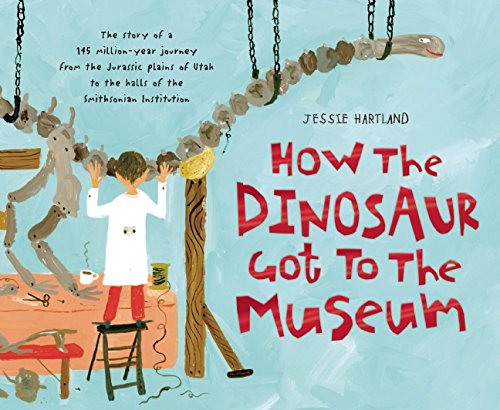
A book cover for How the Dinosaur Got to the Museum (How the . . . Got to the Museum); Children's Books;